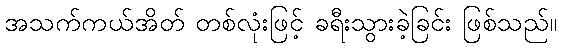
အသက်ကယ်အိတ် တစ်လုံးဖြင့် ခရီးသွားခဲ့ခြင်း ဖြစ်သည်။